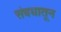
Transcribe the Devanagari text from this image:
संबधातून